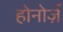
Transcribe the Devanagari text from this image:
होनोर्ज़